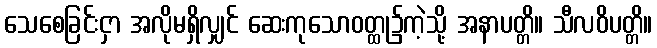
သေစေခြင်းငှာ အလိုမရှိလျှင် ဆေးကုသောဝတ္ထု၌ကဲ့သို့ အနာပတ္တိ။ သီလဝိပတ္တိ။